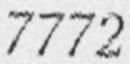
7772